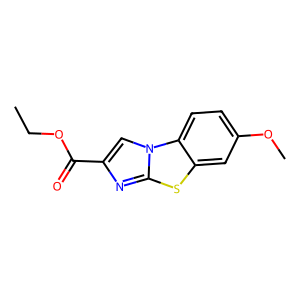
SMILES: CCOC(=O)c1cn2c(n1)sc1cc(OC)ccc12
Inhibits HIV replication: No